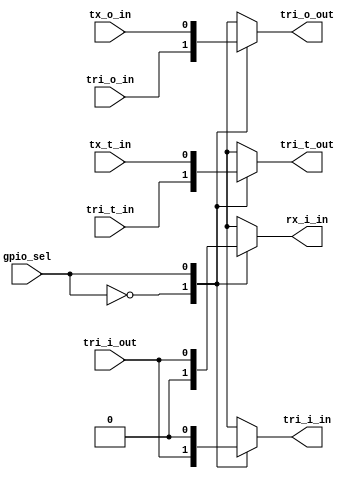
module arduino_switch_digital_uart_bit(
// configuration
    input gpio_sel,  // 0=digital I/O, 1= uart
// Shield connector side
    input tri_i_out,   // data from shield pin to switch
    output reg tri_o_out,   // data from switch to shield pin
    output reg tri_t_out,   // tri state control from switch to shield pin
// PL side
    // digital I/O
    output tri_i_in,   // data from switch to PL
    input tri_o_in,    // data from PL to switch
    input tri_t_in,    // tri state control from PL to switch
    // RX and TX of UART
    output rx_i_in,  // rx data from switch to UART 
    input tx_o_in,   // tx data from UART to switch
    input tx_t_in    // tx tri state control from UART to switch
    );

    reg [1:0] tri_i_out_demux;
    assign {rx_i_in, tri_i_in} = tri_i_out_demux;

    always @(gpio_sel, tri_o_in, tx_o_in)
       case (gpio_sel)
          1'h0: tri_o_out = tri_o_in;       // digital I/O
          1'h1: tri_o_out = tx_o_in;        // tx
       endcase

    always @(gpio_sel, tri_i_out)
    begin
       tri_i_out_demux = {2{1'b0}};
       case (gpio_sel)
          1'h0: tri_i_out_demux[0] = tri_i_out;     // digital I/O
          1'h1: tri_i_out_demux[1] = tri_i_out;     // rx
       endcase
    end

    always @(gpio_sel, tri_t_in, tx_t_in)
       case (gpio_sel)
          1'h0: tri_t_out = tri_t_in;       // digital I/O
          1'h1: tri_t_out = tx_t_in;        // tx
       endcase
    
endmodule